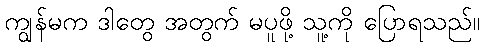
ကျွန်မက ဒါတွေ အတွက် မပူဖို့ သူ့ကို ပြောရသည်။